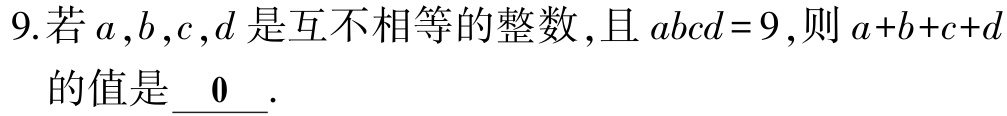
9.若\(a,b,c,d\)是互不相等的整数,且\(abcd = 9\),则\(a + b + c + d\)的值是\(\underline{0}\).